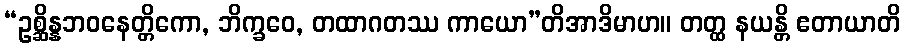
“ဥစ္ဆိန္နဘဝနေတ္တိကော, ဘိက္ခဝေ, တထာဂတဿ ကာယော”တိအာဒိမာဟ။ တတ္ထ နယန္တိ ဧတာယာတိ